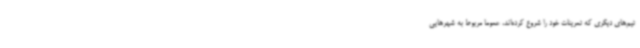
تیم‌های دیگری که تمرینات خود را شروع کرده‌اند، عموما مربوط به شهرهایی